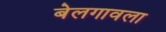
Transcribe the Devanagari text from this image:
बेलगावला